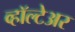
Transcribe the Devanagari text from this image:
व्हॉल्टेअर